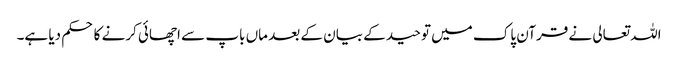
اللہ تعالی نے قرآن پاک میں توحید کے بیان کے بعد ماں باپ سے اچھائی کرنے کا حکم دیا ہے۔